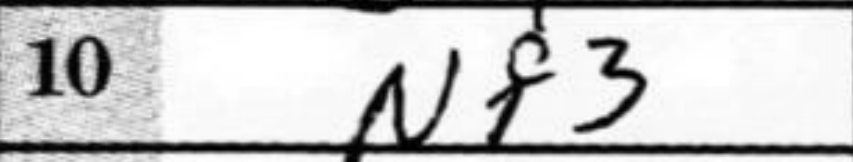
Transcription: Nf3